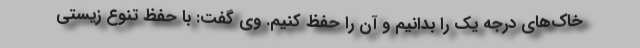
خاک‌های درجه یک را بدانیم و آن را حفظ کنیم. وی گفت: با حفظ تنوع زیستی